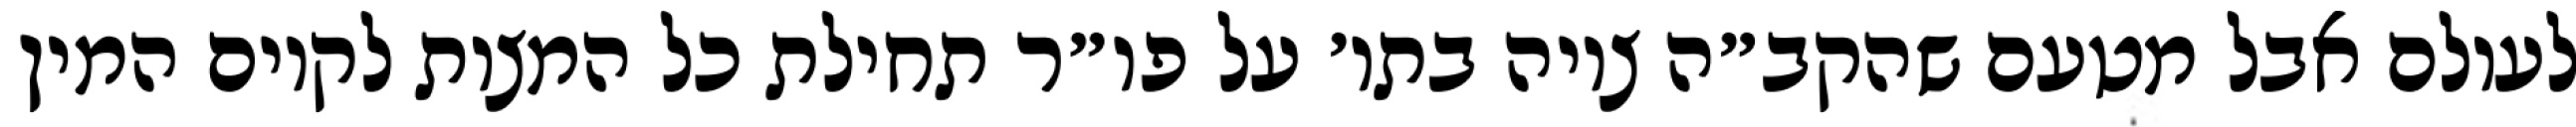
לעולם אבל מטעם שהקב״ה ציוה בתו׳ על פו״ר תחילת כל המצות לקיום המין